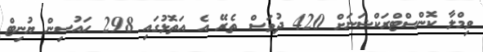
ވިމްލާ ކޮންސްޓްރަކްޝަނަށް 420 ދުވަސް ތެރޭ އެ އަތޮޅުގައި 298 ހައުސިން ޔުނިޓް